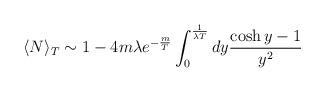
LaTeX: \begin{align*}\langle N \rangle _{T} \sim 1 - 4 m \lambda e^{-\frac{m}{T}} \int_{0}^{\frac{1}{\lambda T}}dy \frac{\cosh y -1}{y^{2}}\end{align*}